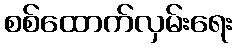
စစ်ထောက်လှမ်းရေး